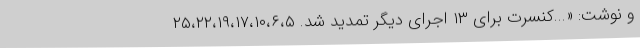
و نوشت: «...کنسرت برای ۱۳ اجرای دیگر تمدید شد. ۲۵،۲۲،۱۹،۱۷،۱۰،۶،۵